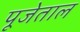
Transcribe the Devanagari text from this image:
पूजेताल